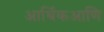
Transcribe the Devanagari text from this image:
आर्थिकआणि